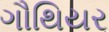
ગૌથિયર